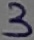
Text: 3